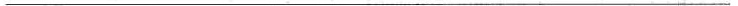
___